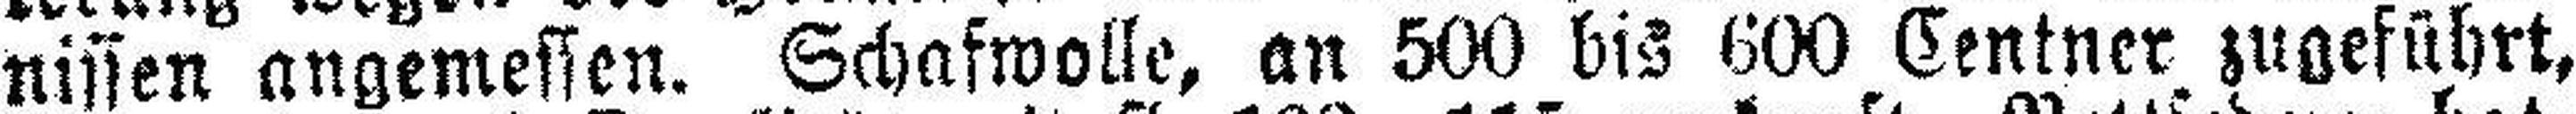
nissen angemessen. Schafwolle, an 500 bis 600 Centner zugeführt,